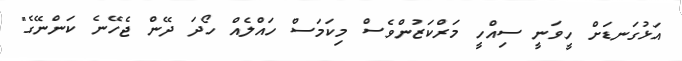
އަޅުގަނޑަށް ހީވަނީ ސިއްހީ މަރްކަޒުންވެސް މިކަމަސް ހައްލެއް ހޯދަ ދޭން ޖެހޭނެ ކަންނޭގެ"